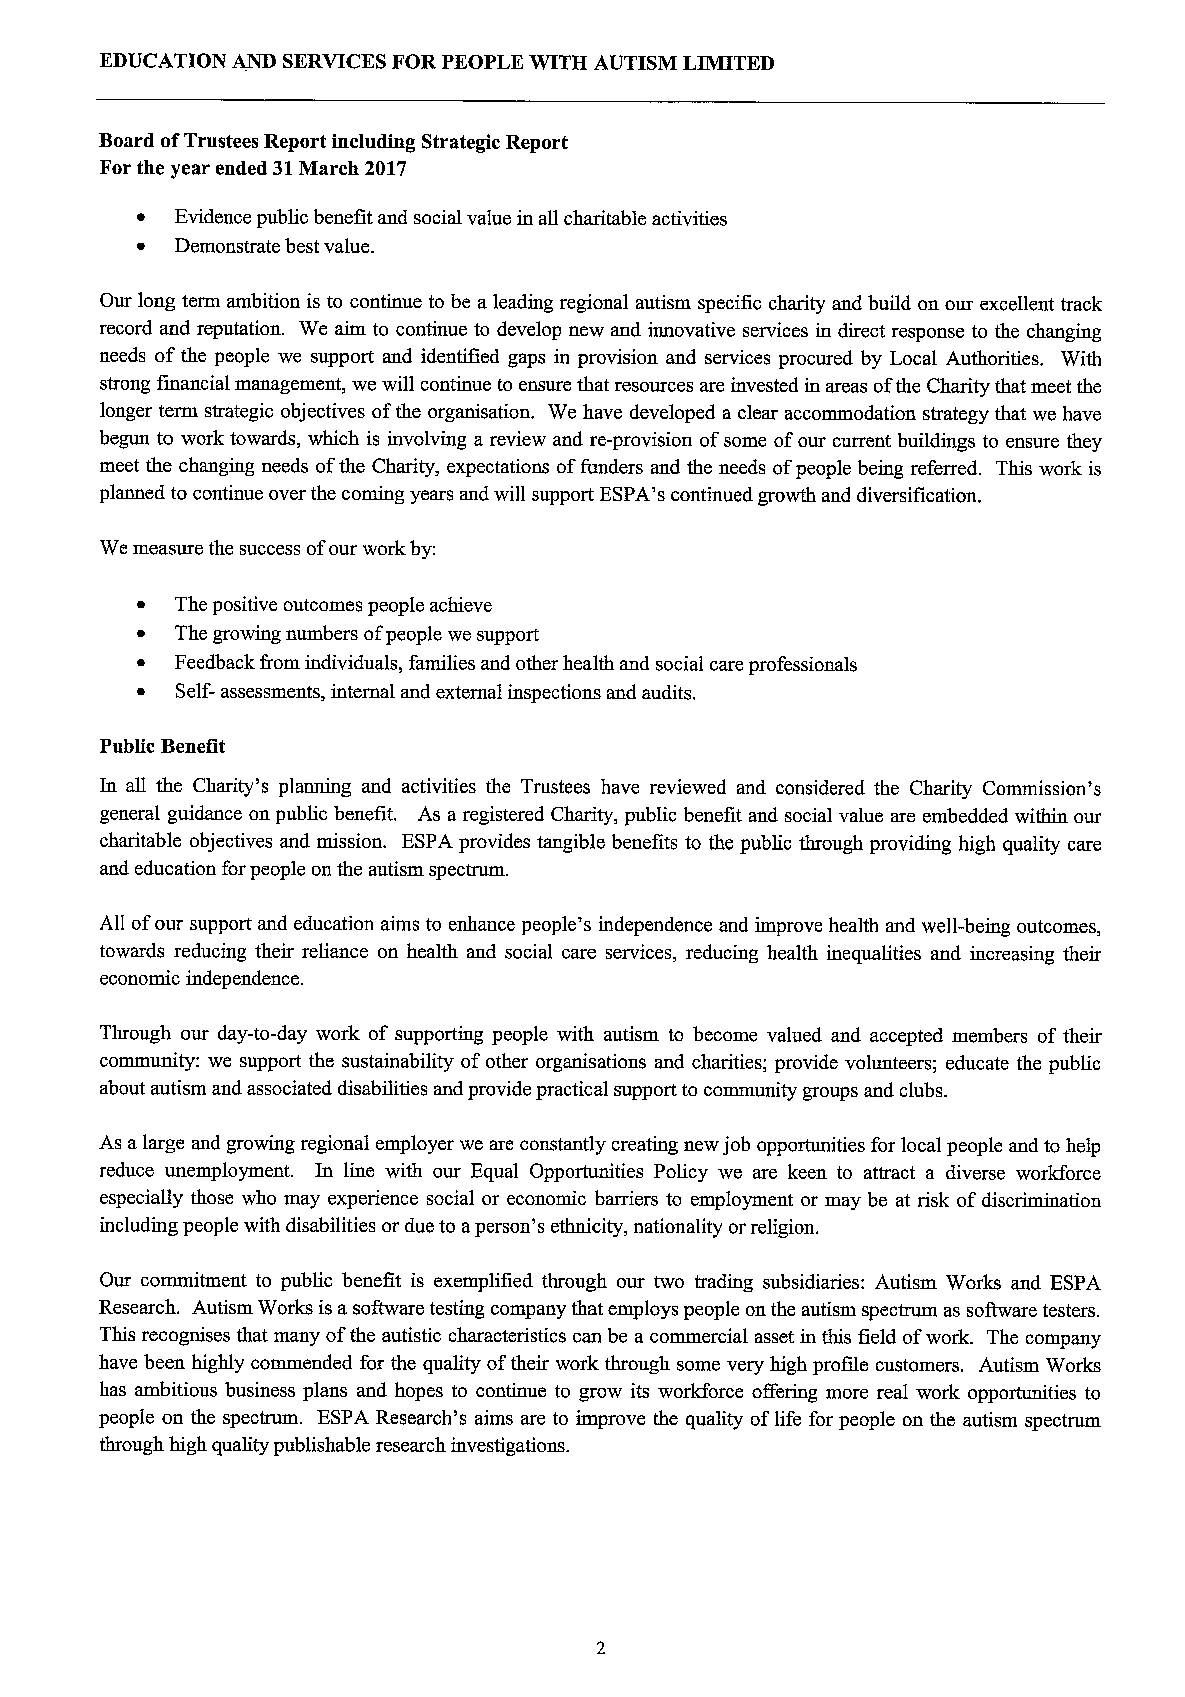
EDUCATION AND SERVICESFORPEOPLE WITH AUTISM LIMITED
 Board ofTrustees Report including Strategic Report
 For the year ended 31March 2017
 ~  Evidence public benefit and social value in all charitable activities
 ~  Demonstrate best value.
 Our long term ambition is to continue to be a leading regional autism specific charity and build on our excellent track
 record and reputation. We aim to continue to develop new and innovative services in direct response to the changing
 needs ofthe people we support and identified gaps in provision and services procured by Local Authorities. With
 strong financial management, we will continue to ensure that resources are invested in areas ofthe Charity that meet the
 longer term strategic objectives ofthe organisation. We have developed a clear accommodation strategy that we have
 begun to work towards, which is involving a review and re-provision ofsome ofour current buildings to ensure they
 meet the changing needs ofthe Charity, expectations offunders and the needs ofpeople being referred. This work is
 planned to continue over the coming years and will support ESPA's continued growth and diversification.
 We measure the success ofour work by:
 ~  The positive outcomes people achieve
 ~  The growing numbers ofpeople we support
 ~  Feedback f'rom individuals, families and other health and social care professionals
 ~  Self- assessments, internal and external inspections and audits.
 Public Benefit
 In all the Charity's planning and activities the Trustees have reviewed and considered the Charity Commission's
 general guidance on public benefit. As a registered Charity, public benefit and social value are embedded within our
 charitable objectives and mission. ESPA provides tangible benefits to the public through providing high quality care
 and education forpeople on the autism spectrum.
 All ofour support and education aims to enhance people's independence and improve health and well-being outcomes,
 towards reducing their reliance on health and social care services, reducing health inequalities and increasing their
 economic independence.
 Through our day-to-day work of supporting people with autism to become valued and accepted members of their
 community: we support the sustainability ofother organisations and charities; provide volunteers; educate the public
 about autism and associated disabilities and provide practical support to community groups and clubs.
 As alarge and growing regional employer we are constantly creating new job opportunities for local people and to help
 reduce imemployment. In line with our Equal Opportunities Policy we are keen to attract a diverse workforce
 especially those who may experience social or economic barriers to employment or may be at risk ofdiscrimination
 including people with disabilities or due to aperson's ethnicity, nationality orreligion.
 Our commitment to public benefit is exemplified through our two trading subsidiaries: Autism Works and ESPA
 Research. Autism Works is a software testing company that employs people on the autism spectrum as sofhvare testers.
 This recognises that many ofthe autistic characteristics can be a commercial asset in this field ofwork. The company
 have been highly commended for the quality oftheir work through some very high profile customers. Autism Works
 has ambitious business plans and hopes to continue to grow its workforce offering more real work opportunities to
 people on the spectrum. ESPA Research's aims are to improve the quality oflife for people on the autism spectrum
 through high quality publishable research investigations.